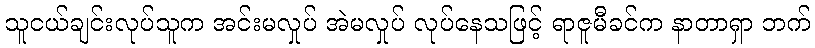
သူငယ်ချင်းလုပ်သူက အင်းမလှုပ် အဲမလှုပ် လုပ်နေသဖြင့် ရာဇူမီခင်က နာတာရှာ ဘက်